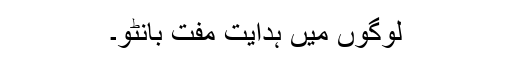
لوگوں میں ہدایت مفت بانٹو۔